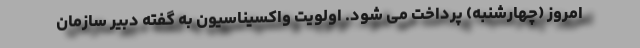
امروز (چهارشنبه) پرداخت می شود. اولویت واکسیناسیون به گفته دبیر سازمان